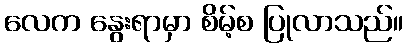
လေက နွေးရာမှာ စိမ့်စ ပြုလာသည်။